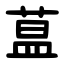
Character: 蒀